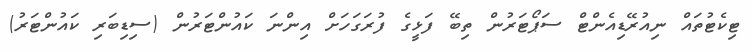
ޓިކެޓުތައް ނިއުރޭޑިއެންޓް ސަޕޯޓަރުން ތިބޭ ފަޅީގެ ފުރަގަހަށް އިންނަ ކައުންޓަރުން (ސިޑިބަރި ކައުންޓަރު)